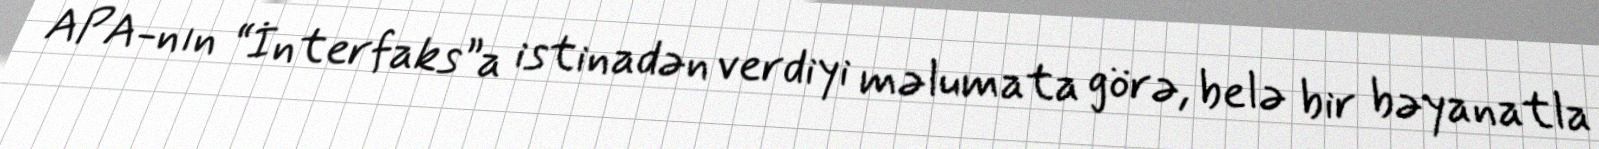
APA-nın “İnterfaks”a istinadən verdiyi məlumata görə, belə bir bəyanatla